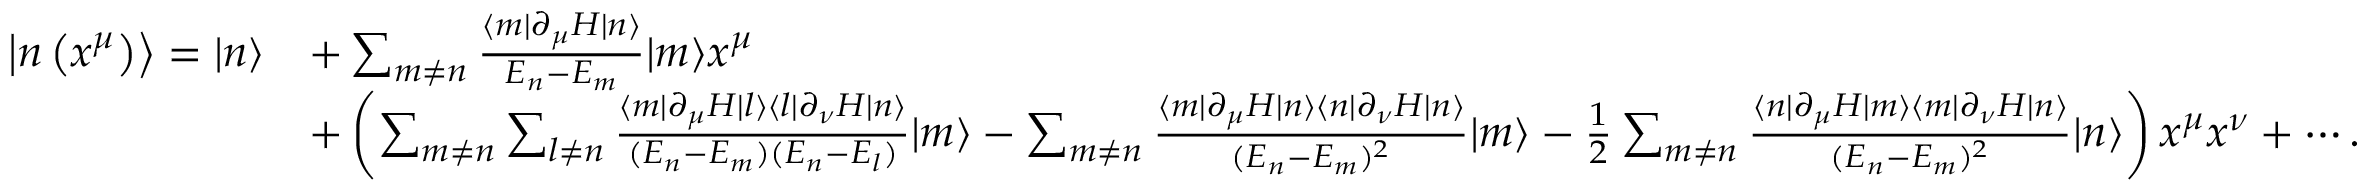
{ \begin{array} { r l } { \left| n \left( x ^ { \mu } \right) \right\rangle = | n \rangle } & { + \sum _ { m \neq n } { \frac { \langle m | \partial _ { \mu } H | n \rangle } { E _ { n } - E _ { m } } } | m \rangle x ^ { \mu } } \\ & { + \left( \sum _ { m \neq n } \sum _ { l \neq n } { \frac { \langle m | \partial _ { \mu } H | l \rangle \langle l | \partial _ { \nu } H | n \rangle } { ( E _ { n } - E _ { m } ) ( E _ { n } - E _ { l } ) } } | m \rangle - \sum _ { m \neq n } { \frac { \langle m | \partial _ { \mu } H | n \rangle \langle n | \partial _ { \nu } H | n \rangle } { ( E _ { n } - E _ { m } ) ^ { 2 } } } | m \rangle - { \frac { 1 } { 2 } } \sum _ { m \neq n } { \frac { \langle n | \partial _ { \mu } H | m \rangle \langle m | \partial _ { \nu } H | n \rangle } { ( E _ { n } - E _ { m } ) ^ { 2 } } } | n \rangle \right) x ^ { \mu } x ^ { \nu } + \cdots . } \end{array} }